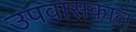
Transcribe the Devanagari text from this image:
उपवासकाल